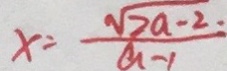
x = \frac { \sqrt { 2 a - 2 } } { a - 1 }